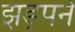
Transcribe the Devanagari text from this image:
झड़पने